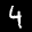
Label: 4